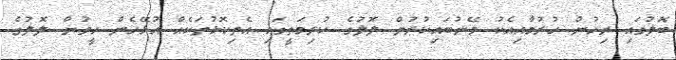
ބޮލުގައި ރިހުން ހުރުމާއިއެކު މޭނުބައިކުރުން ލޮލުގެ ކުރިމަތީގައި އެތިކޮޅުތަކެއް އުޅޭހެން ހީވުން ލޮލުގެ